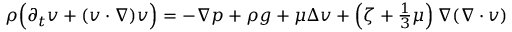
\begin{array} { r } { \rho \Big ( \partial _ { t } v + ( v \cdot \nabla ) v \Big ) = - \nabla p + \rho g + \mu \Delta v + \left( \zeta + \frac { 1 } { 3 } \mu \right) \nabla ( \nabla \cdot v ) } \end{array}